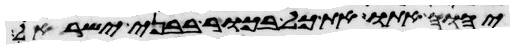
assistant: יהוה אתו את כל בכור בבני ישראל